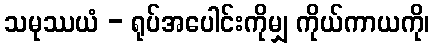
သမုဿယံ - ရုပ်အပေါင်းကိုမျှ ကိုယ်ကာယကို၊